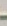
-